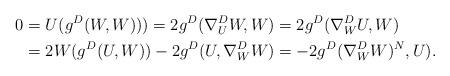
LaTeX: \begin{align*}0&=U(g^D(W,W)))=2g^D(\nabla^D_U W,W)=2g^D(\nabla^D_W U,W)\\&=2W( g^D(U,W))-2g^D(U,\nabla^D_WW)=-2g^D(\nabla^D_WW)^N,U).\end{align*}